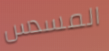
المسدس